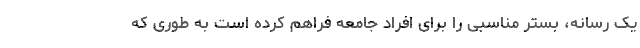
یک رسانه، بستر مناسبی را برای افراد جامعه فراهم کرده است به طوری که